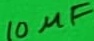
Text: 10µF